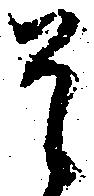
是